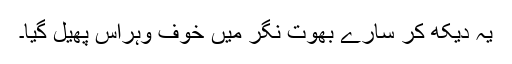
یہ دیکھ کر سارے بھوت نگر میں خوف وہراس پھیل گیا۔